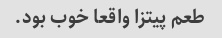
طعم پیتزا واقعا خوب بود.